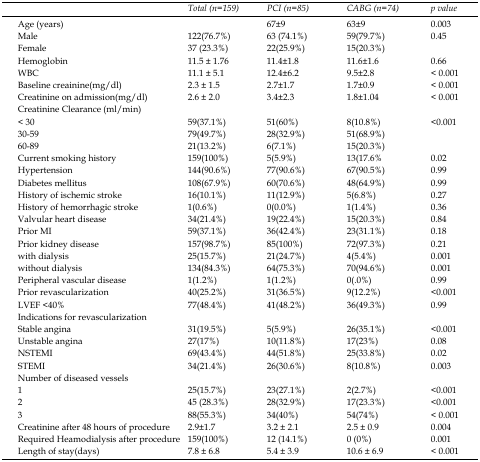
<table><thead><tr><td></td><td><b>Total(n=159)</b></td><td><b>PCI(n=85)</b></td><td><b>CABG(n=74)</b></td><td><b>p value</b></td></tr></thead><tbody><tr><td>Age (years)</td><td></td><td>67±9</td><td>63±9</td><td>0.003</td></tr><tr><td>Male</td><td>122(76.7%)</td><td>63 (74.1%)</td><td>59(79.7%)</td><td>0.45</td></tr><tr><td>Female</td><td>37 (23.3%)</td><td>22(25.9%)</td><td>15(20.3%)</td><td></td></tr><tr><td>Hemoglobin</td><td>11.5 ± 1.76</td><td>11.4±1.8</td><td>11.6±1.6</td><td>0.66</td></tr><tr><td>WBC</td><td>11.1 ± 5.1</td><td>12.4±6.2</td><td>9.5±2.8</td><td>˂0.001</td></tr><tr><td>Baseline creainine(mg/dl)</td><td>2.3 ± 1.5</td><td>2.7±1.7</td><td>1.7±0.9</td><td>˂0.001</td></tr><tr><td>Creatinine on admission(mg/dl)</td><td>2.6 ± 2.0</td><td>3.4±2.3</td><td>1.8±1.04</td><td>˂0.001</td></tr><tr><td>Creatinine Clearance (ml/min)</td><td></td><td></td><td></td><td></td></tr><tr><td>˂30</td><td>59(37.1%)</td><td>51(60%)</td><td>8(10.8%)</td><td rowspan="3">&lt;0.001</td></tr><tr><td>30-59</td><td>79(49.7%)</td><td>28(32.9%)</td><td>51(68.9%)</td></tr><tr><td>60-89</td><td>21(13.2%)</td><td>6(7.1%)</td><td>15(20.3%)</td></tr><tr><td>Current smoking history</td><td>159(100%)</td><td>5(5.9%)</td><td>13(17.6%</td><td>0.02</td></tr><tr><td>Hypertension</td><td>144(90.6%)</td><td>77(90.6%)</td><td>67(90.5%)</td><td>0.99</td></tr><tr><td>Diabetes mellitus</td><td>108(67.9%)</td><td>60(70.6%)</td><td>48(64.9%)</td><td>0.99</td></tr><tr><td>History of ischemic stroke</td><td>16(10.1%)</td><td>11(12.9%)</td><td>5(6.8%)</td><td>0.27</td></tr><tr><td>History of hemorrhagic stroke</td><td>1(0.6%)</td><td>0(0.0%)</td><td>1(1.4%)</td><td>0.36</td></tr><tr><td>Valvular heart disease</td><td>34(21.4%)</td><td>19(22.4%)</td><td>15(20.3%)</td><td>0.84</td></tr><tr><td>Prior MI</td><td>59(37.1%)</td><td>36(42.4%)</td><td>23(31.1%)</td><td>0.18</td></tr><tr><td>Prior kidney disease</td><td>157(98.7%)</td><td>85(100%)</td><td>72(97.3%)</td><td>0.21</td></tr><tr><td>with dialysis</td><td>25(15.7%)</td><td>21(24.7%)</td><td>4(5.4%)</td><td>0.001</td></tr><tr><td>without dialysis</td><td>134(84.3%)</td><td>64(75.3%)</td><td>70(94.6%)</td><td>0.001</td></tr><tr><td>Peripheral vascular disease</td><td>1(1.2%)</td><td>1(1.2%)</td><td>0(.0%)</td><td>0.99</td></tr><tr><td>Prior revascularization</td><td>40(25.2%)</td><td>31(36.5%)</td><td>9(12.2%)</td><td>&lt;0.001</td></tr><tr><td>LVEF &lt;40%</td><td>77(48.4%)</td><td>41(48.2%)</td><td>36(49.3%)</td><td>0.99</td></tr><tr><td>Indications for revascularization</td><td></td><td></td><td></td><td></td></tr><tr><td>Stable angina</td><td>31(19.5%)</td><td>5(5.9%)</td><td>26(35.1%)</td><td>&lt;0.001</td></tr><tr><td>Unstable angina</td><td>27(17%)</td><td>10(11.8%)</td><td>17(23%)</td><td>0.08</td></tr><tr><td>NSTEMI</td><td>69(43.4%)</td><td>44(51.8%)</td><td>25(33.8%)</td><td>0.02</td></tr><tr><td>STEMI</td><td>34(21.4%)</td><td>26(30.6%)</td><td>8(10.8%)</td><td>0.003</td></tr><tr><td>Number of diseased vessels</td><td></td><td></td><td></td><td></td></tr><tr><td>1</td><td>25(15.7%)</td><td>23(27.1%)</td><td>2(2.7%)</td><td>&lt;0.001</td></tr><tr><td>2</td><td>45 (28.3%)</td><td>28(32.9%)</td><td>17(23.3%)</td><td>&lt;0.001</td></tr><tr><td>3</td><td>88(55.3%)</td><td>34(40%)</td><td>54(74%)</td><td>˂0.001</td></tr><tr><td>Creatinine after 48 hours of procedure </td><td>2.9±1.7</td><td>3.2 ± 2.1</td><td>2.5 ± 0.9</td><td>0.004</td></tr><tr><td>Required Heamodialysis after procedure</td><td>159(100%) </td><td>12 (14.1%)</td><td>0 (0%)</td><td>0.001</td></tr><tr><td>Length of stay(days)</td><td>7.8 ± 6.8</td><td>5.4 ± 3.9</td><td>10.6 ± 6.9</td><td>˂0.001</td></tr></tbody></table>